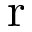
\mathrm { r }